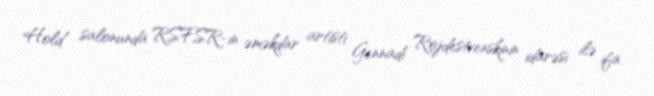
Hold salonunda RSFSR-in əməkdar artisti Gennadi Rojdestvenskinin idarəsi ilə ifa